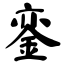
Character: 銮